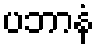
ပဘာနံ